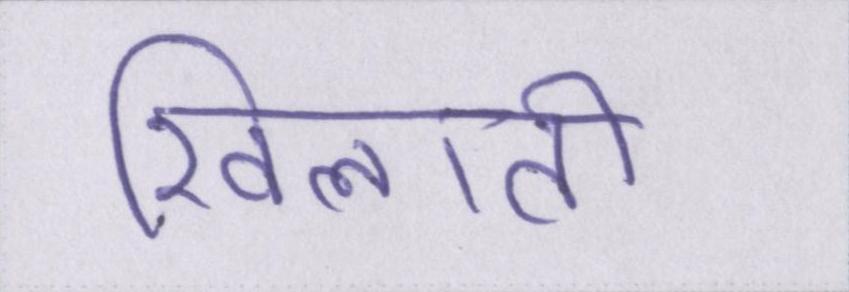
खिलाती